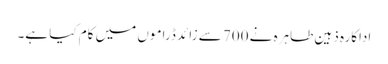
اداکارہ ذہین طاہرہ نے 700 سے زائد ڈراموں میں کام کیا ہے۔